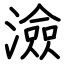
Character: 澰